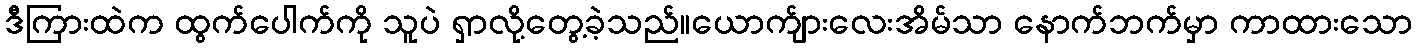
ဒီကြားထဲက ထွက်ပေါက်ကို သူပဲ ရှာလို့တွေ့ခဲ့သည်။ယောက်ျားလေးအိမ်သာ နောက်ဘက်မှာ ကာထားသော